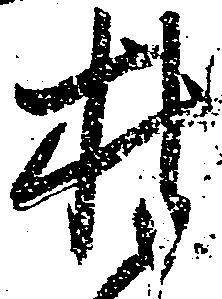
村